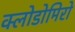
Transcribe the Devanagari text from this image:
क्लोडोमिरो